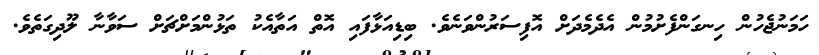
ހަމަނުޖެހުން ހިނގަންފެށުމުން އެދެމެދަށް އޮފިސަރުންވަނެވެ. ބިޑިއަޅާފައި އޮތް އަތާއެކު ތަޅުންމަށްޗަށް ސަވާނާ ލޫދިގަތެވެ.